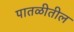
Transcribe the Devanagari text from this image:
पातळीतील